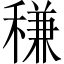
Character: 稴